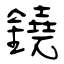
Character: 鐃